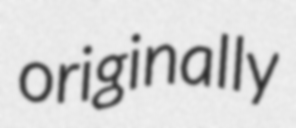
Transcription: originally